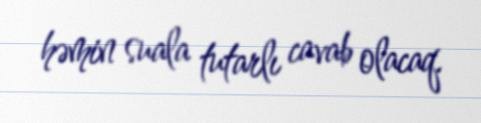
həmin suala tutarlı cavab olacaq.